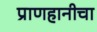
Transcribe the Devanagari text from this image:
प्राणहानीचा